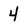
Character: 4